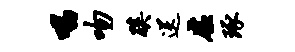
唱吻蹊送虚琢